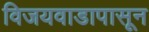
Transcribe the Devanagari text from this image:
विजयवाडापासून